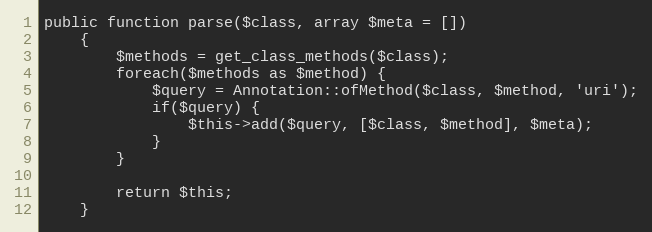
Language: PHP
public function parse($class, array $meta = [])
    {
        $methods = get_class_methods($class);
        foreach($methods as $method) {
            $query = Annotation::ofMethod($class, $method, 'uri');
            if($query) {
                $this->add($query, [$class, $method], $meta);
            }
        }

        return $this;
    }